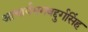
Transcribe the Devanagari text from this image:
आचार्यभगवद्दुर्गसिंह